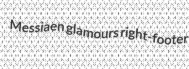
Messiaen glamours right-footer